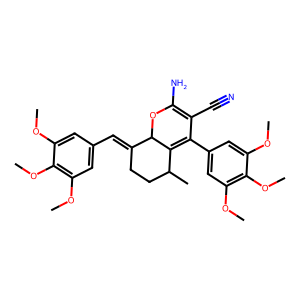
SMILES: COc1cc(C=C2CCC(C)C3=C(c4cc(OC)c(OC)c(OC)c4)C(C#N)=C(N)OC23)cc(OC)c1OC
Inhibits HIV replication: No